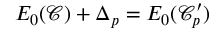
E _ { 0 } ( \mathcal { C } ) + \Delta _ { p } = E _ { 0 } ( \mathcal { C } _ { p } ^ { \prime } )